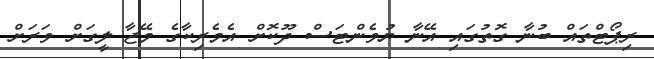
ރިޕޯޓްތައް ބުނާ ގޮތުގައި އޭނާ ޔުވެންޓަސް ދޫކޮށް އެމެރިކާގެ މޭޖާ ލީގަށް ވަރަށް